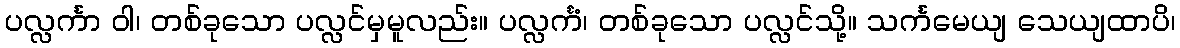
ပလ္လင်္ကာ ဝါ၊ တစ်ခုသော ပလ္လင်မှမူလည်း။ ပလ္လင်္ကံ၊ တစ်ခုသော ပလ္လင်သို့။ သင်္ကမေယျ သေယျထာပိ၊